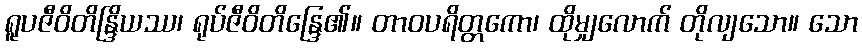
ရူပဇီဝိတိန္ဒြိယဿ၊ ရုပ်ဇီဝိတိန္ဒြေ၏။ တာဝပရိတ္တကော၊ ထိုမျှလောက် တိုလျသော။ သော